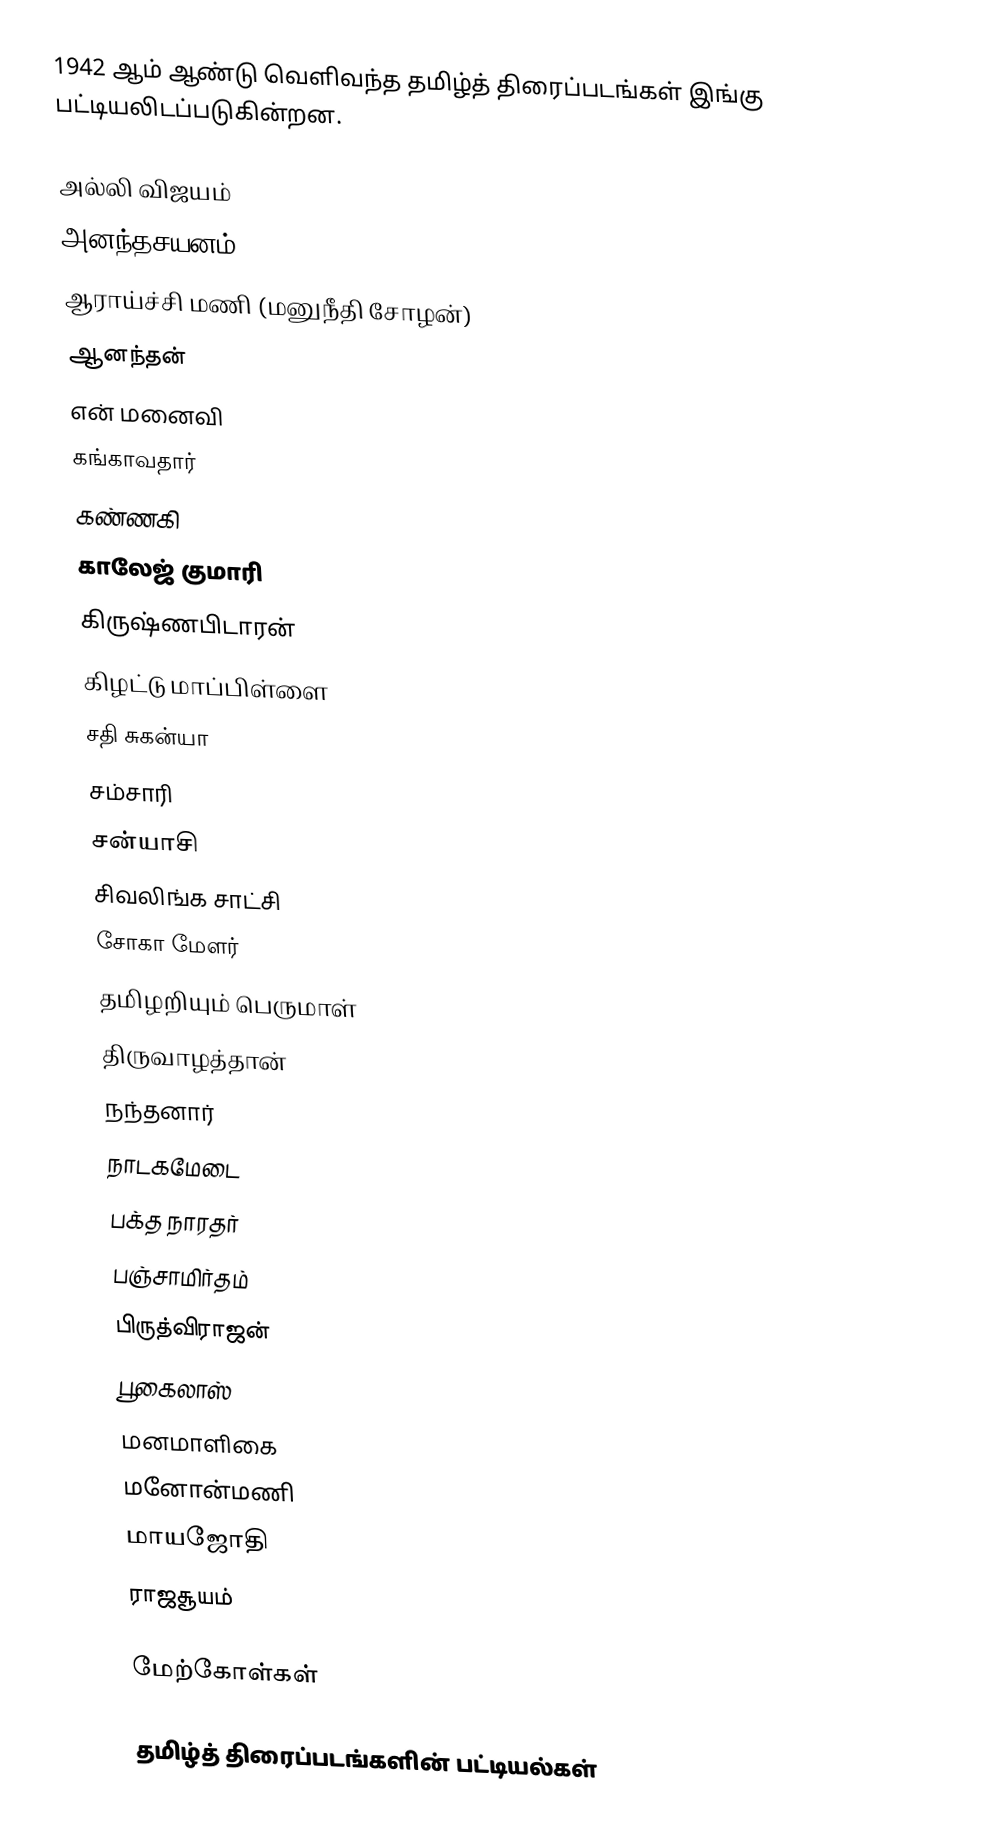
1942 ஆம் ஆண்டு வெளிவந்த தமிழ்த் திரைப்படங்கள் இங்கு பட்டியலிடப்படுகின்றன.

 அல்லி விஜயம்
 அனந்தசயனம்
 ஆராய்ச்சி மணி (மனுநீதி சோழன்)
 ஆனந்தன்
 என் மனைவி
 கங்காவதார்
 கண்ணகி
 காலேஜ் குமாரி
 கிருஷ்ணபிடாரன்
 கிழட்டு மாப்பிள்ளை
 சதி சுகன்யா
 சம்சாரி
 சன்யாசி
 சிவலிங்க சாட்சி
 சோகா மேளர்
 தமிழறியும் பெருமாள்
 திருவாழத்தான்
 நந்தனார்
 நாடகமேடை
 பக்த நாரதர்
 பஞ்சாமிர்தம்
 பிருத்விராஜன்
 பூகைலாஸ்
 மனமாளிகை
 மனோன்மணி
 மாயஜோதி
 ராஜசூயம்

மேற்கோள்கள்

தமிழ்த் திரைப்படங்களின் பட்டியல்கள்